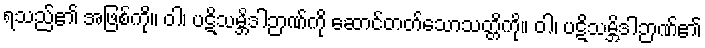
ရသည်၏ အဖြစ်ကို။ ဝါ၊ ပဋိသမ္ဘိဒါဉာဏ်ကို ဆောင်တတ်သောသတ္တိကို။ ဝါ၊ ပဋိသမ္ဘိဒါဉာဏ်၏